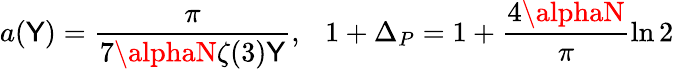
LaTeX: a(\mathsf{Y})=\frac{{\pi}}{{7\alphaN\zeta(3)\mathsf{Y}}},\ \ \ 1+\Delta_{P}=1+\frac{{4\alphaN}}{{\pi}}\ln2